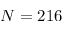
N = 2 1 6